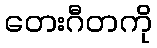
တေးဂီတကို